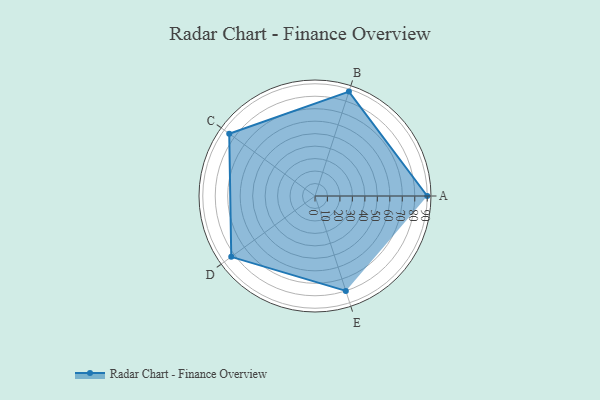
{"axis": {"x": "Skill", "y": "Score"}, "legend": ["Profile"], "data": [{"x": "A", "y": 90.0, "type": "Profile"}, {"x": "B", "y": 88.0, "type": "Profile"}, {"x": "C", "y": 85.0, "type": "Profile"}, {"x": "D", "y": 83.0, "type": "Profile"}, {"x": "E", "y": 80.0, "type": "Profile"}]}